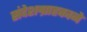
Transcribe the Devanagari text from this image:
संदेशग्राहकाने